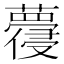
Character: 蘉